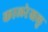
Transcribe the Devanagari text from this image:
कालरेखलु